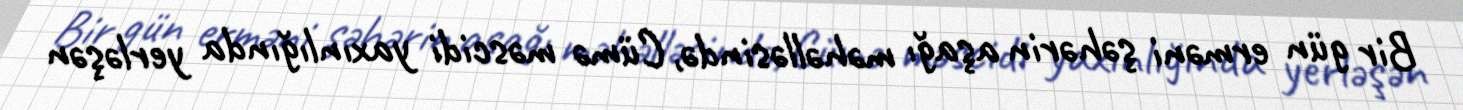
Bir gün erməni şəhərin aşağı məhəlləsində, Cümə məscidi yaxınlığında yerləşən